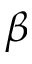
\beta